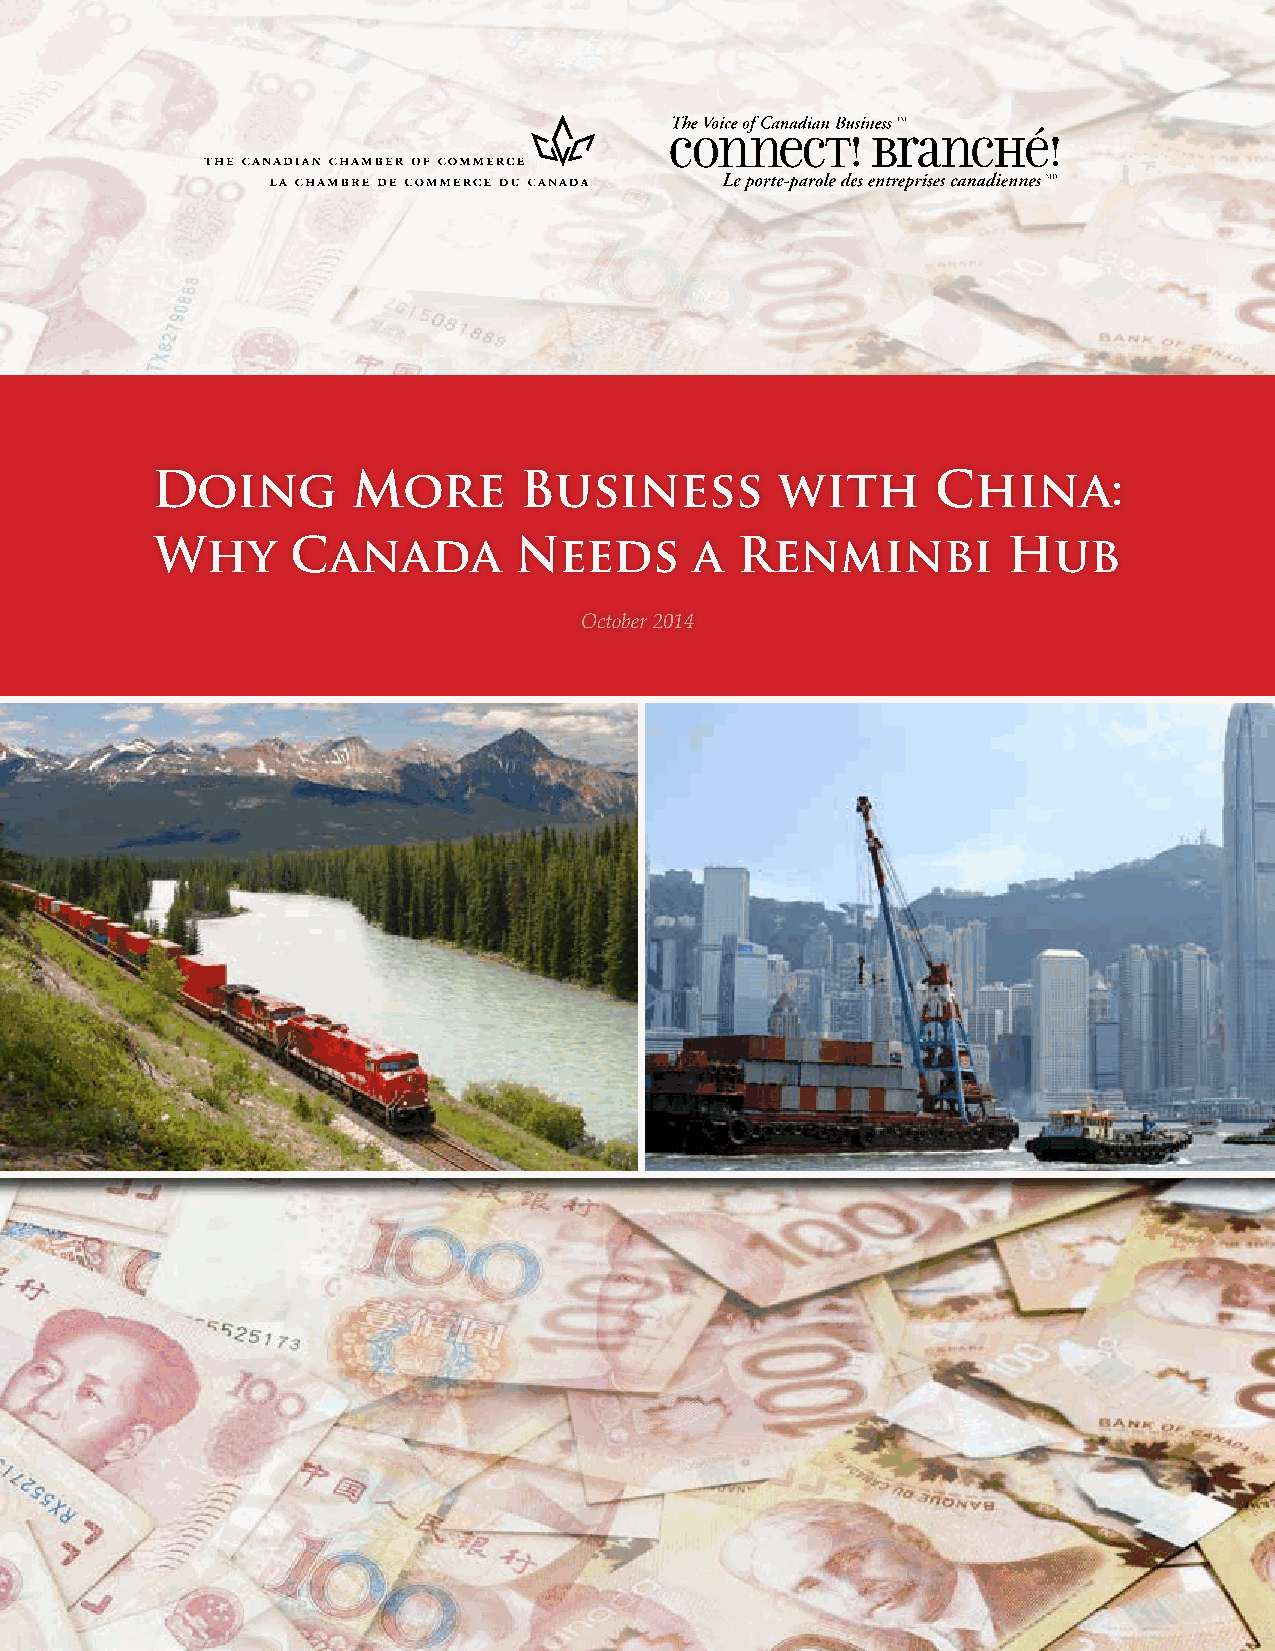
Doing        More       Business          with      China:
 Why      Canada         Needs       a  Renminbi          Hub
 October 2014